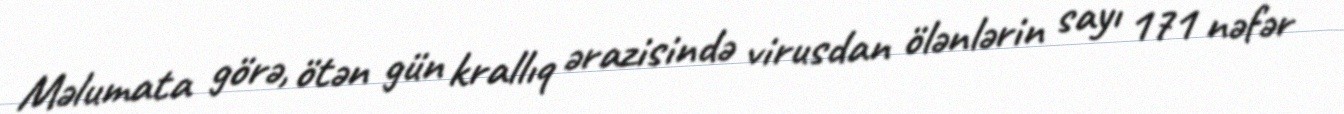
Məlumata görə, ötən gün krallıq ərazisində virusdan ölənlərin sayı 171 nəfər